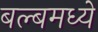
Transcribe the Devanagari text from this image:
बल्बमध्ये